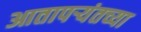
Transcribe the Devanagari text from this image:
आतापर्‍यंतच्या